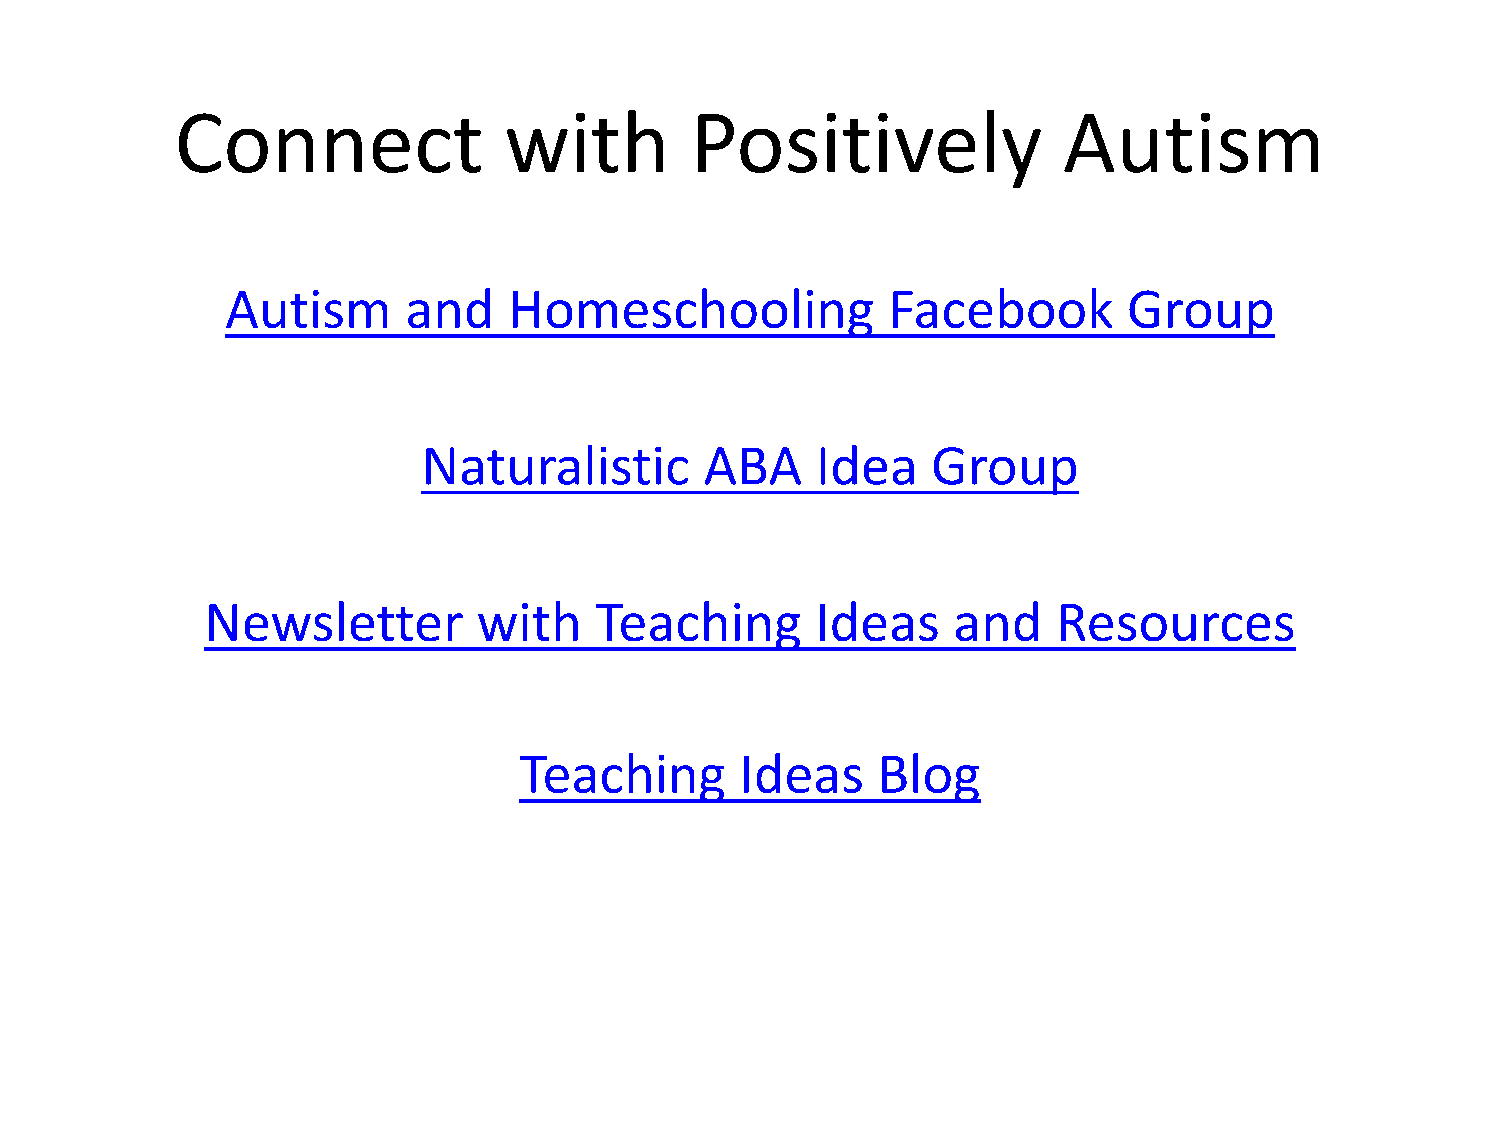
Connect              with         Positively              Autism
 Autism      and    Homeschooling            Facebook        Group
 Naturalistic       ABA    Idea    Group
 Newsletter        with   Teaching       Ideas    and    Resources
 Teaching       Ideas    Blog